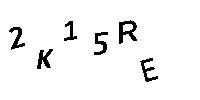
2K15RE